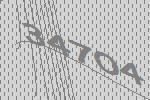
34704